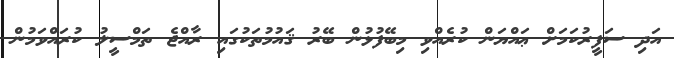
އަދި ސަފީރުކަމަށް ޢައްޔަން ކުރެއްވި މިބޭފުޅުން ބޭރު ޤައުމުތަކުގައި ރާއްޖެ ތަމްސީލު ކުރައްވަމުން